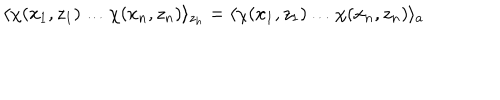
\langle \chi ( x _ { 1 } , z _ { 1 } ) \ldots \chi ( x _ { n } , z _ { n } ) \rangle _ { z _ { h } } = \langle \chi ( x _ { 1 } , z _ { 1 } ) \ldots \chi ( x _ { n } , z _ { n } ) \rangle _ { a }